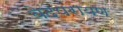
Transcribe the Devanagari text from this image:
वेदपरायण